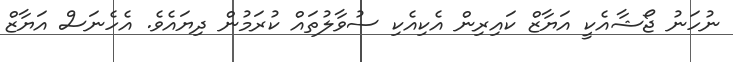
ނުހަނު ޖޯޝާއެކީ އަޔާޒް ކައިރިން އެކިއެކި ސުވާލުތައް ކުރަމުން ދިޔައެވެ. އެހެނަސް އަޔާޒް